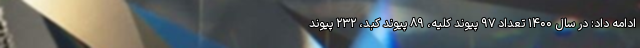
ادامه داد: در سال ۱۴۰۰ تعداد ۹۷ پیوند کلیه، ۸۹ پیوند کبد، ۲۳۲ پیوند